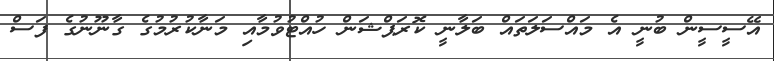
އޭސީސީން ބުނީ އެ މައްސަލަތައް ބަލާނީ ކޮރަޕްޝަން ހުއްޓުވުމާއި މަނާކުރުމުގެ ގާނޫނުގެ ފަސް